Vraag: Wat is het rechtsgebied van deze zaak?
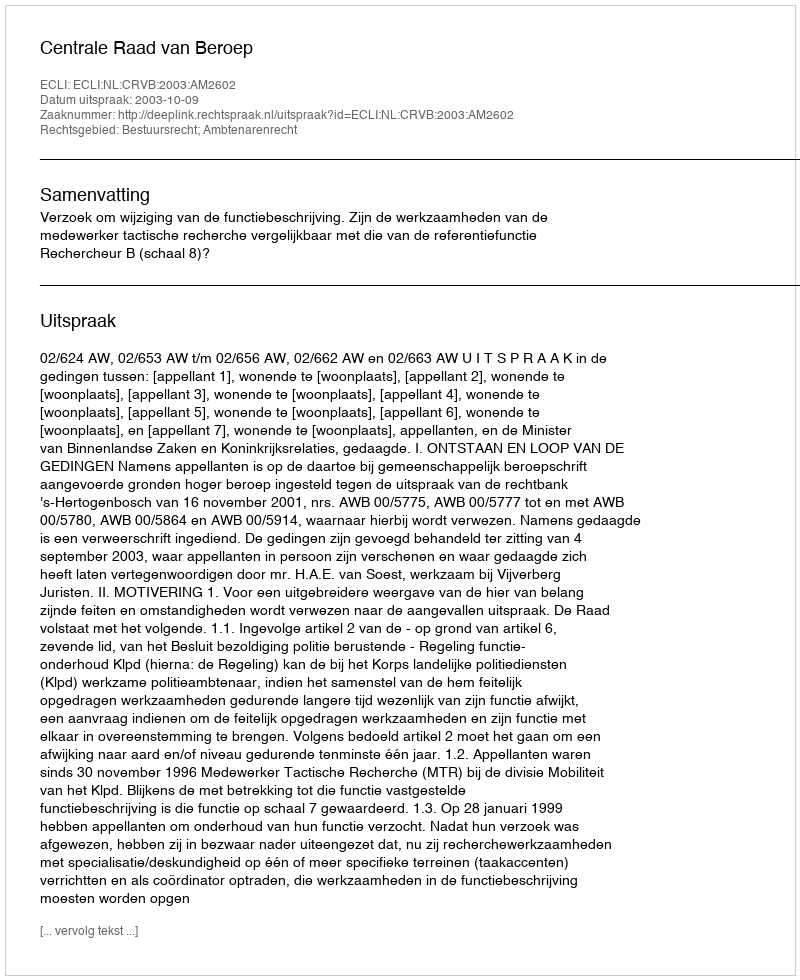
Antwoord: Bestuursrecht; Ambtenarenrecht